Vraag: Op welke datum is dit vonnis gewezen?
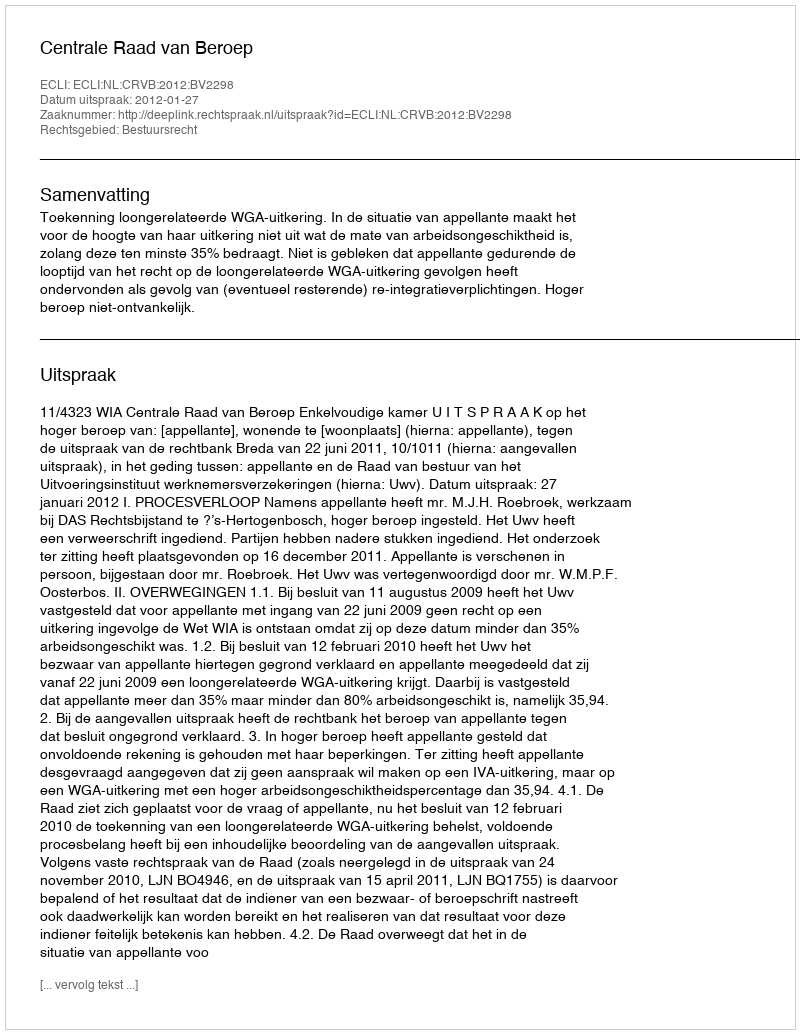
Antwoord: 2012-01-27